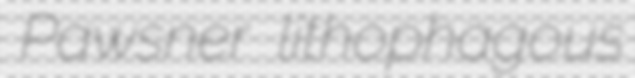
Pawsner lithophagous